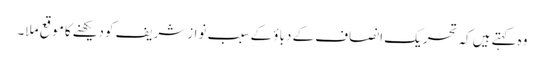
وہ کہتےہیں کہ تحریک انصاف کے دباؤ کے سبب نوازشریف کودیکھنےکاموقع ملا۔